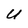
Character: U